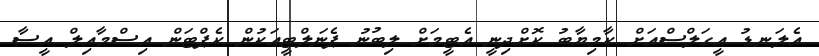
އެލަނޑު އީގަލްސްއަށް ކާމިޔާބު ކޮށްދިނީ އެޓީމަށް ލިބުނު ޕެނަލްޓީއަކުން ކެޕްޓަން އިސްމާއިލް އީސާ